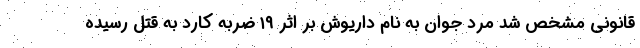
قانونی مشخص شد مرد جوان به نام داریوش بر اثر ۱۹ ضربه کارد به قتل رسیده